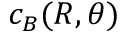
c _ { B } ( R , \theta )